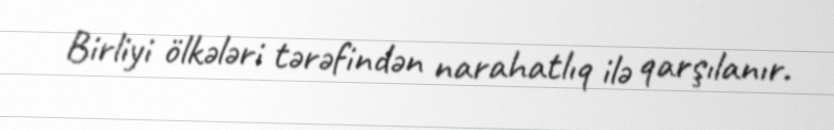
Birliyi ölkələri tərəfindən narahatlıq ilə qarşılanır.